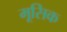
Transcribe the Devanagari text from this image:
मूसिक